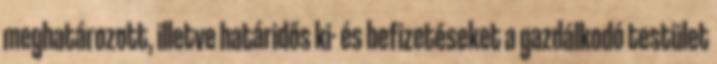
meghatározott, illetve határidős ki- és befizetéseket a gazdálkodó testület